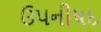
ઉપનીષદ